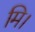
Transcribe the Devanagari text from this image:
मि।